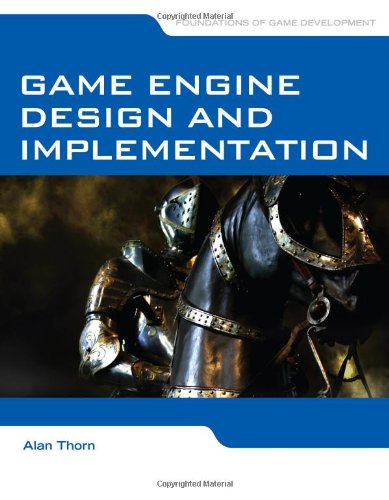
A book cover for Game Engine Design And Implementation; Alan Thorn; Computers & Technology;